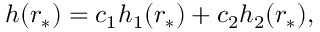
\begin{array} { r } { h ( r _ { * } ) = c _ { 1 } h _ { 1 } ( r _ { * } ) + c _ { 2 } h _ { 2 } ( r _ { * } ) , } \end{array}